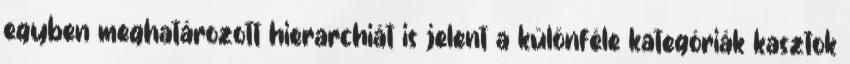
egyben meghatározott hierarchiát is jelent a különféle kategóriák kasztok